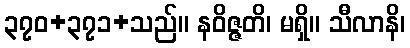
၃၇၀+၃၇၁+သည်။ နဝိဇ္ဇတိ၊ မရှိ။ သီလာနိ၊